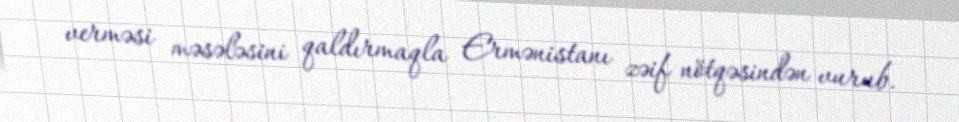
verməsi məsələsini qaldırmaqla Ermənistanı zəif nötqəsindən vurub.